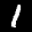
Label: 1